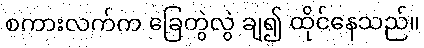
စကားလက်က ခြေတွဲလွဲ ချ၍ ထိုင်နေသည်။